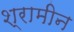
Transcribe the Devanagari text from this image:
श्रामीन